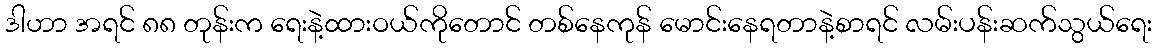
ဒါဟာ အရင် ၈၈ တုန်းက ရေးနဲ့ထားဝယ်ကိုတောင် တစ်နေကုန် မောင်းနေရတာနဲ့စာရင် လမ်းပန်းဆက်သွယ်ရေး